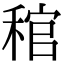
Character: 𥟓